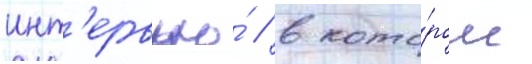
инт'ервью́ / в кото́ром